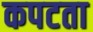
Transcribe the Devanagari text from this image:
कपटता